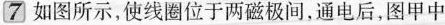
[7如图所示，使线圈位于两磁极间，通电后，图甲中